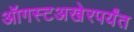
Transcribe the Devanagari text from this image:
ऑगस्टअखेरपर्यंत